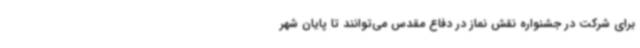
برای شرکت در جشنواره نقش نماز در دفاع مقدس می‌توانند تا پایان شهر